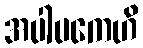
အပါပကေဟိ